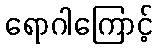
ရောဂါကြောင့်